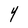
Character: 4